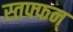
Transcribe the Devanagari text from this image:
स्तफ्फन्